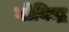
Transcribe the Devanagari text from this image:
गोविन्द्र